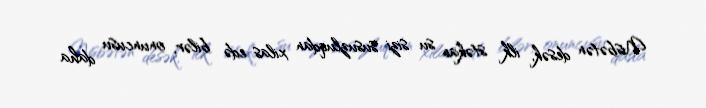
Nisbətən desək, ilk stəkan su sizi susuzluqdan xilas edə bilər, onuncusu daha